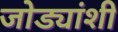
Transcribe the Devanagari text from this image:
जोड्यांशी